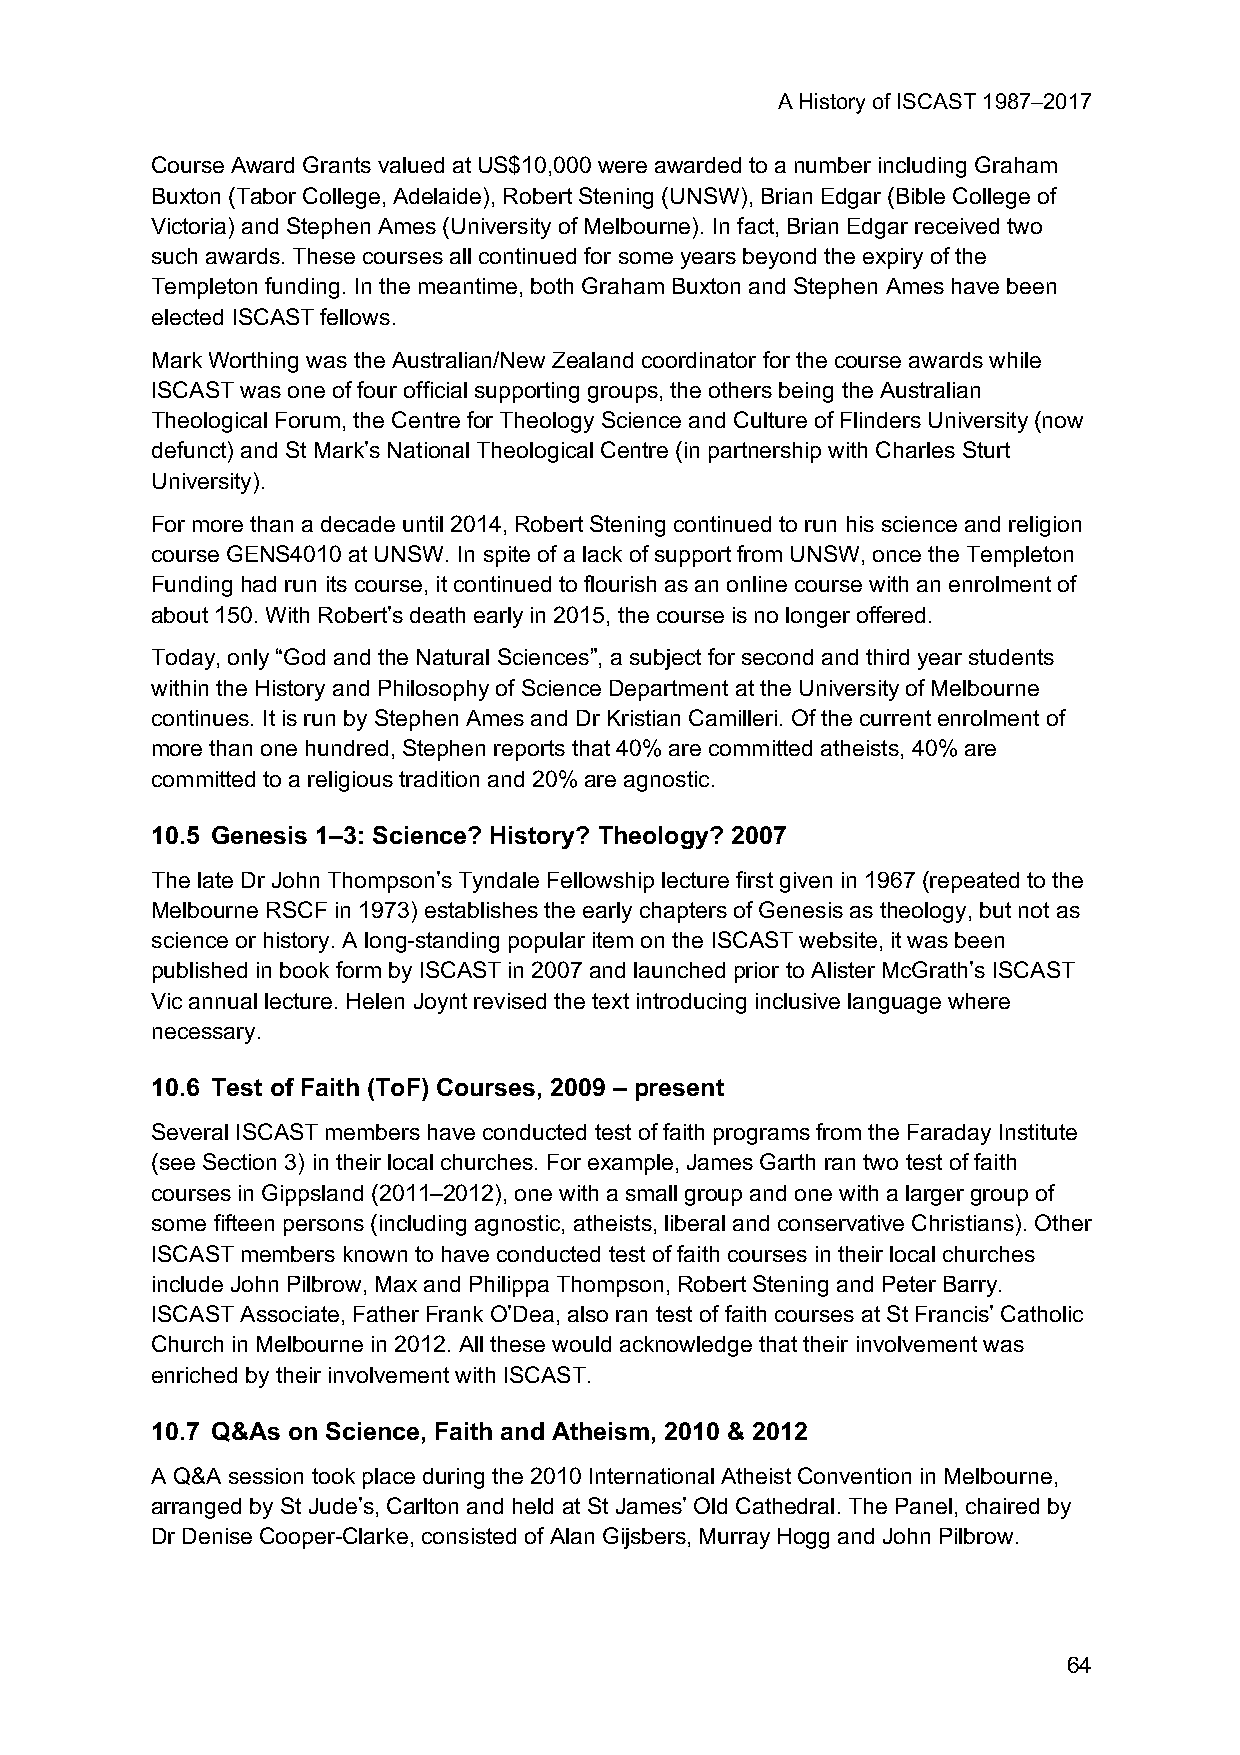
A History of ISCAST 1987–2017
 Course Award Grants valued at US$10,000 were awarded to a number including Graham
 Buxton (Tabor College, Adelaide), Robert Stening (UNSW), Brian Edgar (Bible College of
 Victoria) and Stephen Ames (University of Melbourne). In fact, Brian Edgar received two
 such awards. These courses all continued for some years beyond the expiry of the
 Templeton funding. In the meantime, both Graham Buxton and Stephen Ames have been
 elected ISCAST fellows.
 Mark Worthing was the Australian/New Zealand coordinator for the course awards while
 ISCAST was one of four official supporting groups, the others being the Australian
 Theological Forum, the Centre for Theology Science and Culture of Flinders University (now
 defunct) and St Mark’s National Theological Centre (in partnership with Charles Sturt
 University).
 For more than a decade until 2014, Robert Stening continued to run his science and religion
 course GENS4010 at UNSW. In spite of a lack of support from UNSW, once the Templeton
 Funding had run its course, it continued to flourish as an online course with an enrolment of
 about 150. With Robert’s death early in 2015, the course is no longer offered.
 Today, only “God and the Natural Sciences”, a subject for second and third year students
 within the History and Philosophy of Science Department at the University of Melbourne
 continues. It is run by Stephen Ames and Dr Kristian Camilleri. Of the current enrolment of
 more than one hundred, Stephen reports that 40% are committed atheists, 40% are
 committed to a religious tradition and 20% are agnostic.
 10.5 Genesis 1–3: Science? History? Theology? 2007
 The late Dr John Thompson’s Tyndale Fellowship lecture first given in 1967 (repeated to the
 Melbourne RSCF in 1973) establishes the early chapters of Genesis as theology, but not as
 science or history. A long-standing popular item on the ISCAST website, it was been
 published in book form by ISCAST in 2007 and launched prior to Alister McGrath’s ISCAST
 Vic annual lecture. Helen Joynt revised the text introducing inclusive language where
 necessary.
 10.6 Test of Faith (ToF) Courses, 2009 – present
 Several ISCAST members have conducted test of faith programs from the Faraday Institute
 (see Section 3) in their local churches. For example, James Garth ran two test of faith
 courses in Gippsland (2011–2012), one with a small group and one with a larger group of
 some fifteen persons (including agnostic, atheists, liberal and conservative Christians). Other
 ISCAST members known to have conducted test of faith courses in their local churches
 include John Pilbrow, Max and Philippa Thompson, Robert Stening and Peter Barry.
 ISCAST Associate, Father Frank O’Dea, also ran test of faith courses at St Francis’ Catholic
 Church in Melbourne in 2012. All these would acknowledge that their involvement was
 enriched by their involvement with ISCAST.
 10.7 Q&As on Science, Faith and Atheism, 2010 & 2012
 A Q&A session took place during the 2010 International Atheist Convention in Melbourne,
 arranged by St Jude’s, Carlton and held at St James’ Old Cathedral. The Panel, chaired by
 Dr Denise Cooper-Clarke, consisted of Alan Gijsbers, Murray Hogg and John Pilbrow.
 64